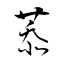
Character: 菾